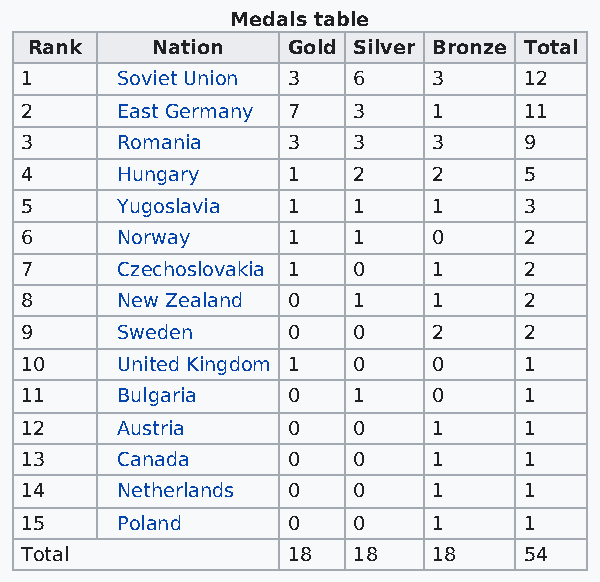
Medals table
 Rank    Nation   Gold Silver Bronze Total
 1      Soviet Union 3 6     3     12
 2      East Germany 7 3     1     11
 3      Romania    3   3     3     9
 4      Hungary    1   2     2     5
 5      Yugoslavia 1   1     1     3
 6      Norway     1   1     0     2
 7      Czechoslovakia 1 0   1     2
 8      New Zealand 0  1     1     2
 9      Sweden     0   0     2     2
 10     United Kingdom 1 0   0     1
 11     Bulgaria   0   1     0     1
 12     Austria    0   0     1     1
 13     Canada     0   0     1     1
 14     Netherlands 0  0     1     1
 15     Poland     0   0     1     1
 Total             18  18    18    54